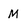
Character: M